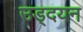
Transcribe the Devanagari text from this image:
उड्दयन